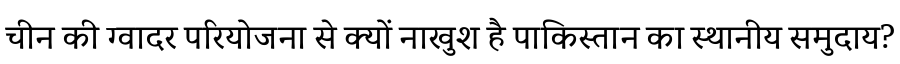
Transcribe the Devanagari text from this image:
चीन की ग्वादर परियोजना से क्यों नाखुश है पाकिस्तान का स्थानीय समुदाय?